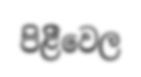
පිළිීවෙල